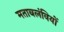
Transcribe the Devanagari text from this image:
मताबलंवियों